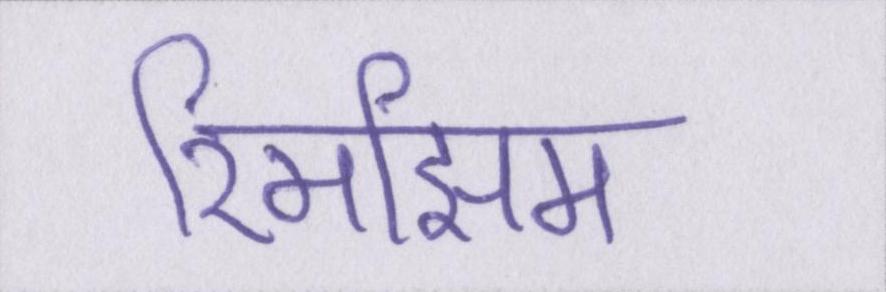
रिमझिम